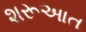
શરૂઆત